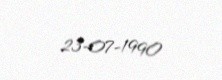
23-07-1990